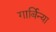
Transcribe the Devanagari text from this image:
गार्बिन्या